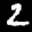
Label: 2